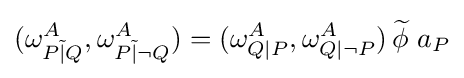
(\omega _{P{\tilde {|}}Q}^{A},\omega _{P{\tilde {|}}\lnot Q}^{A})=(\omega _{Q|P}^{A},\omega _{Q|\lnot P}^{A})\,{\widetilde {\phi \,}}\,a_{P}